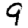
Digit: 9